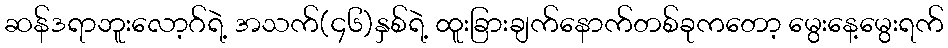
ဆန်ဒရာဘူးလော့ဂ်ရဲ့ အသက်(၄၆)နှစ်ရဲ့ ထူးခြားချက်နောက်တစ်ခုကတော့ မွေးနေ့မွေးရက်